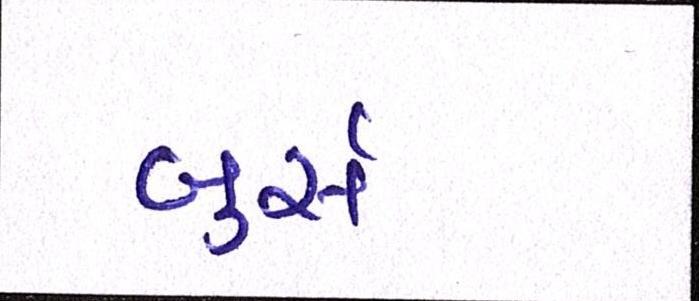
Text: બુર્સ